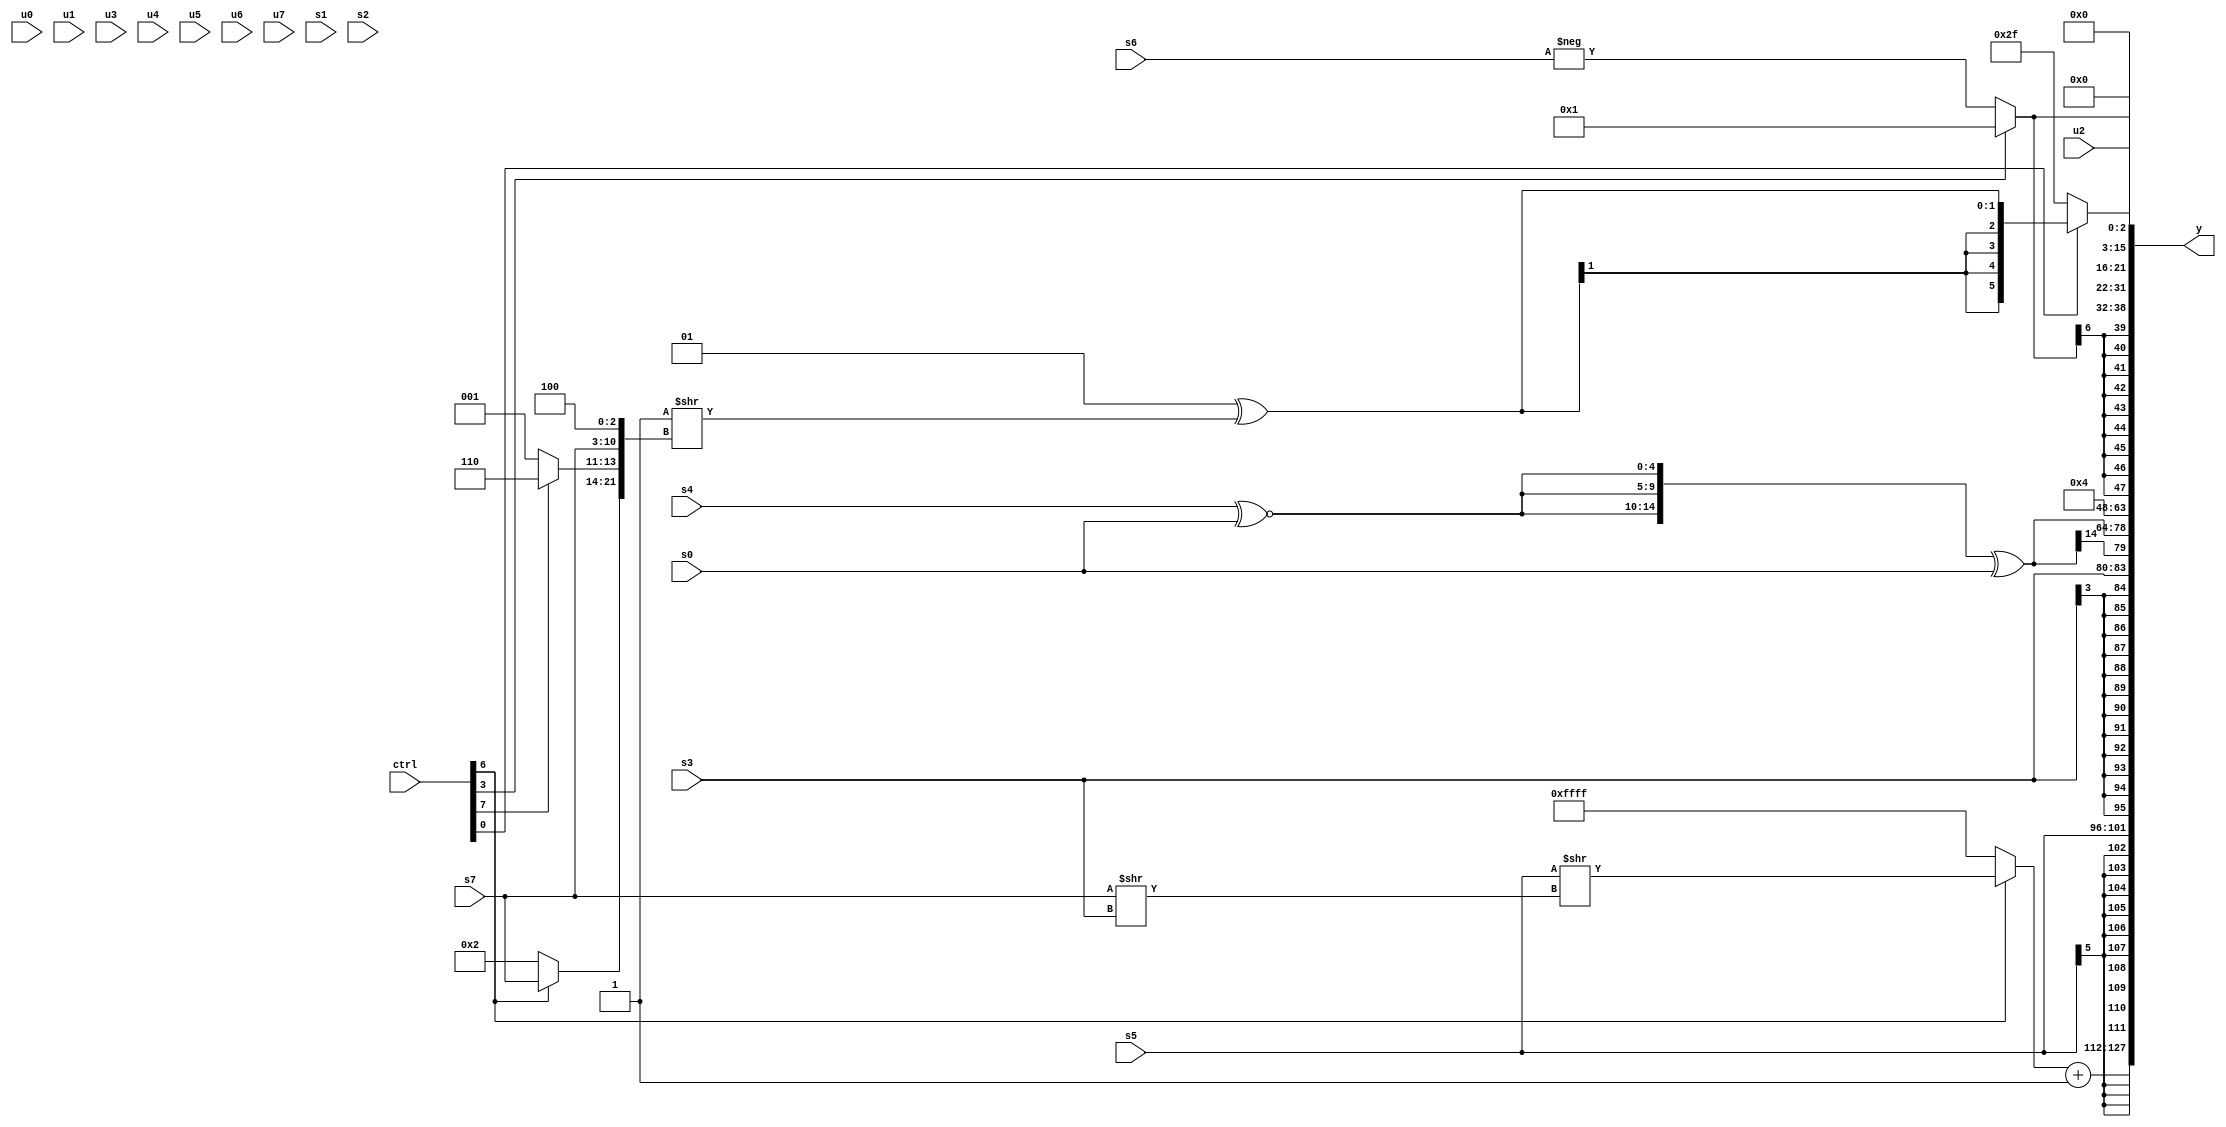
module wideexpr_00318(ctrl, u0, u1, u2, u3, u4, u5, u6, u7, s0, s1, s2, s3, s4, s5, s6, s7, y);
  input [7:0] ctrl;
  input [0:0] u0;
  input [1:0] u1;
  input [2:0] u2;
  input [3:0] u3;
  input [4:0] u4;
  input [5:0] u5;
  input [6:0] u6;
  input [7:0] u7;
  input signed [0:0] s0;
  input signed [1:0] s1;
  input signed [2:0] s2;
  input signed [3:0] s3;
  input signed [4:0] s4;
  input signed [5:0] s5;
  input signed [6:0] s6;
  input signed [7:0] s7;
  output [127:0] y;
  wire [15:0] y0;
  wire [15:0] y1;
  wire [15:0] y2;
  wire [15:0] y3;
  wire [15:0] y4;
  wire [15:0] y5;
  wire [15:0] y6;
  wire [15:0] y7;
  assign y = {y0,y1,y2,y3,y4,y5,y6,y7};
  assign y0 = ((ctrl[6]?(+(+(s5)))>>((s7)>>($signed(s3))):$signed(|(5'sb11001))))+(2'sb11);
  assign y1 = s5;
  assign y2 = s3;
  assign y3 = +(($signed({3{($signed(s4))^~($signed(s0))}}))^(s0));
  assign y4 = 4'sb0100;
  assign y5 = $signed(+((ctrl[3]?2'sb01:-(s6))));
  assign y6 = +({(ctrl[0]?(2'sb01)^($signed($signed((1'sb1)>>({(ctrl[6]?s7:4'sb0010),(ctrl[7]?3'b110:1'b1),s7,3'sb100})))):6'sb101111)});
  assign y7 = u2;
endmodule